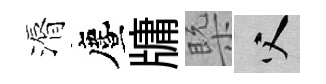
漘󵨌牗槩父